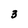
Character: 3